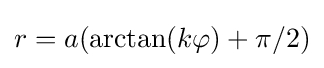
r=a(\arctan(k\varphi )+\pi /2)